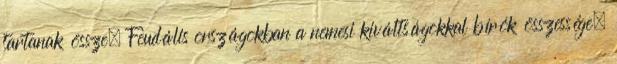
tartanak össze. Feudális országokban a nemesi kiváltságokkal bírók összessége.